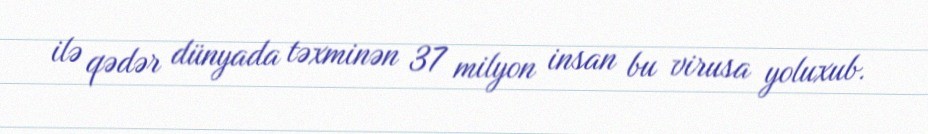
ilə qədər dünyada təxminən 37 milyon insan bu virusa yoluxub.